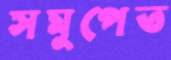
সমুপেত